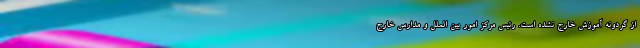
از گردونه آموزش خارج نشده است. رئیس مرکز امور بین الملل و مدارس خارج